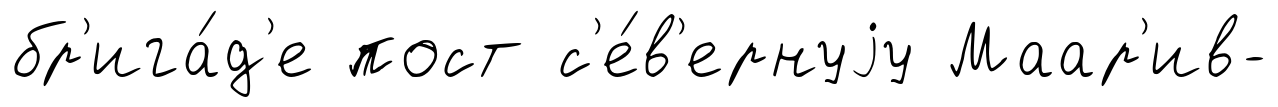
бр'ига́д'е пост с'е́в'ернуjу Маар'ив-